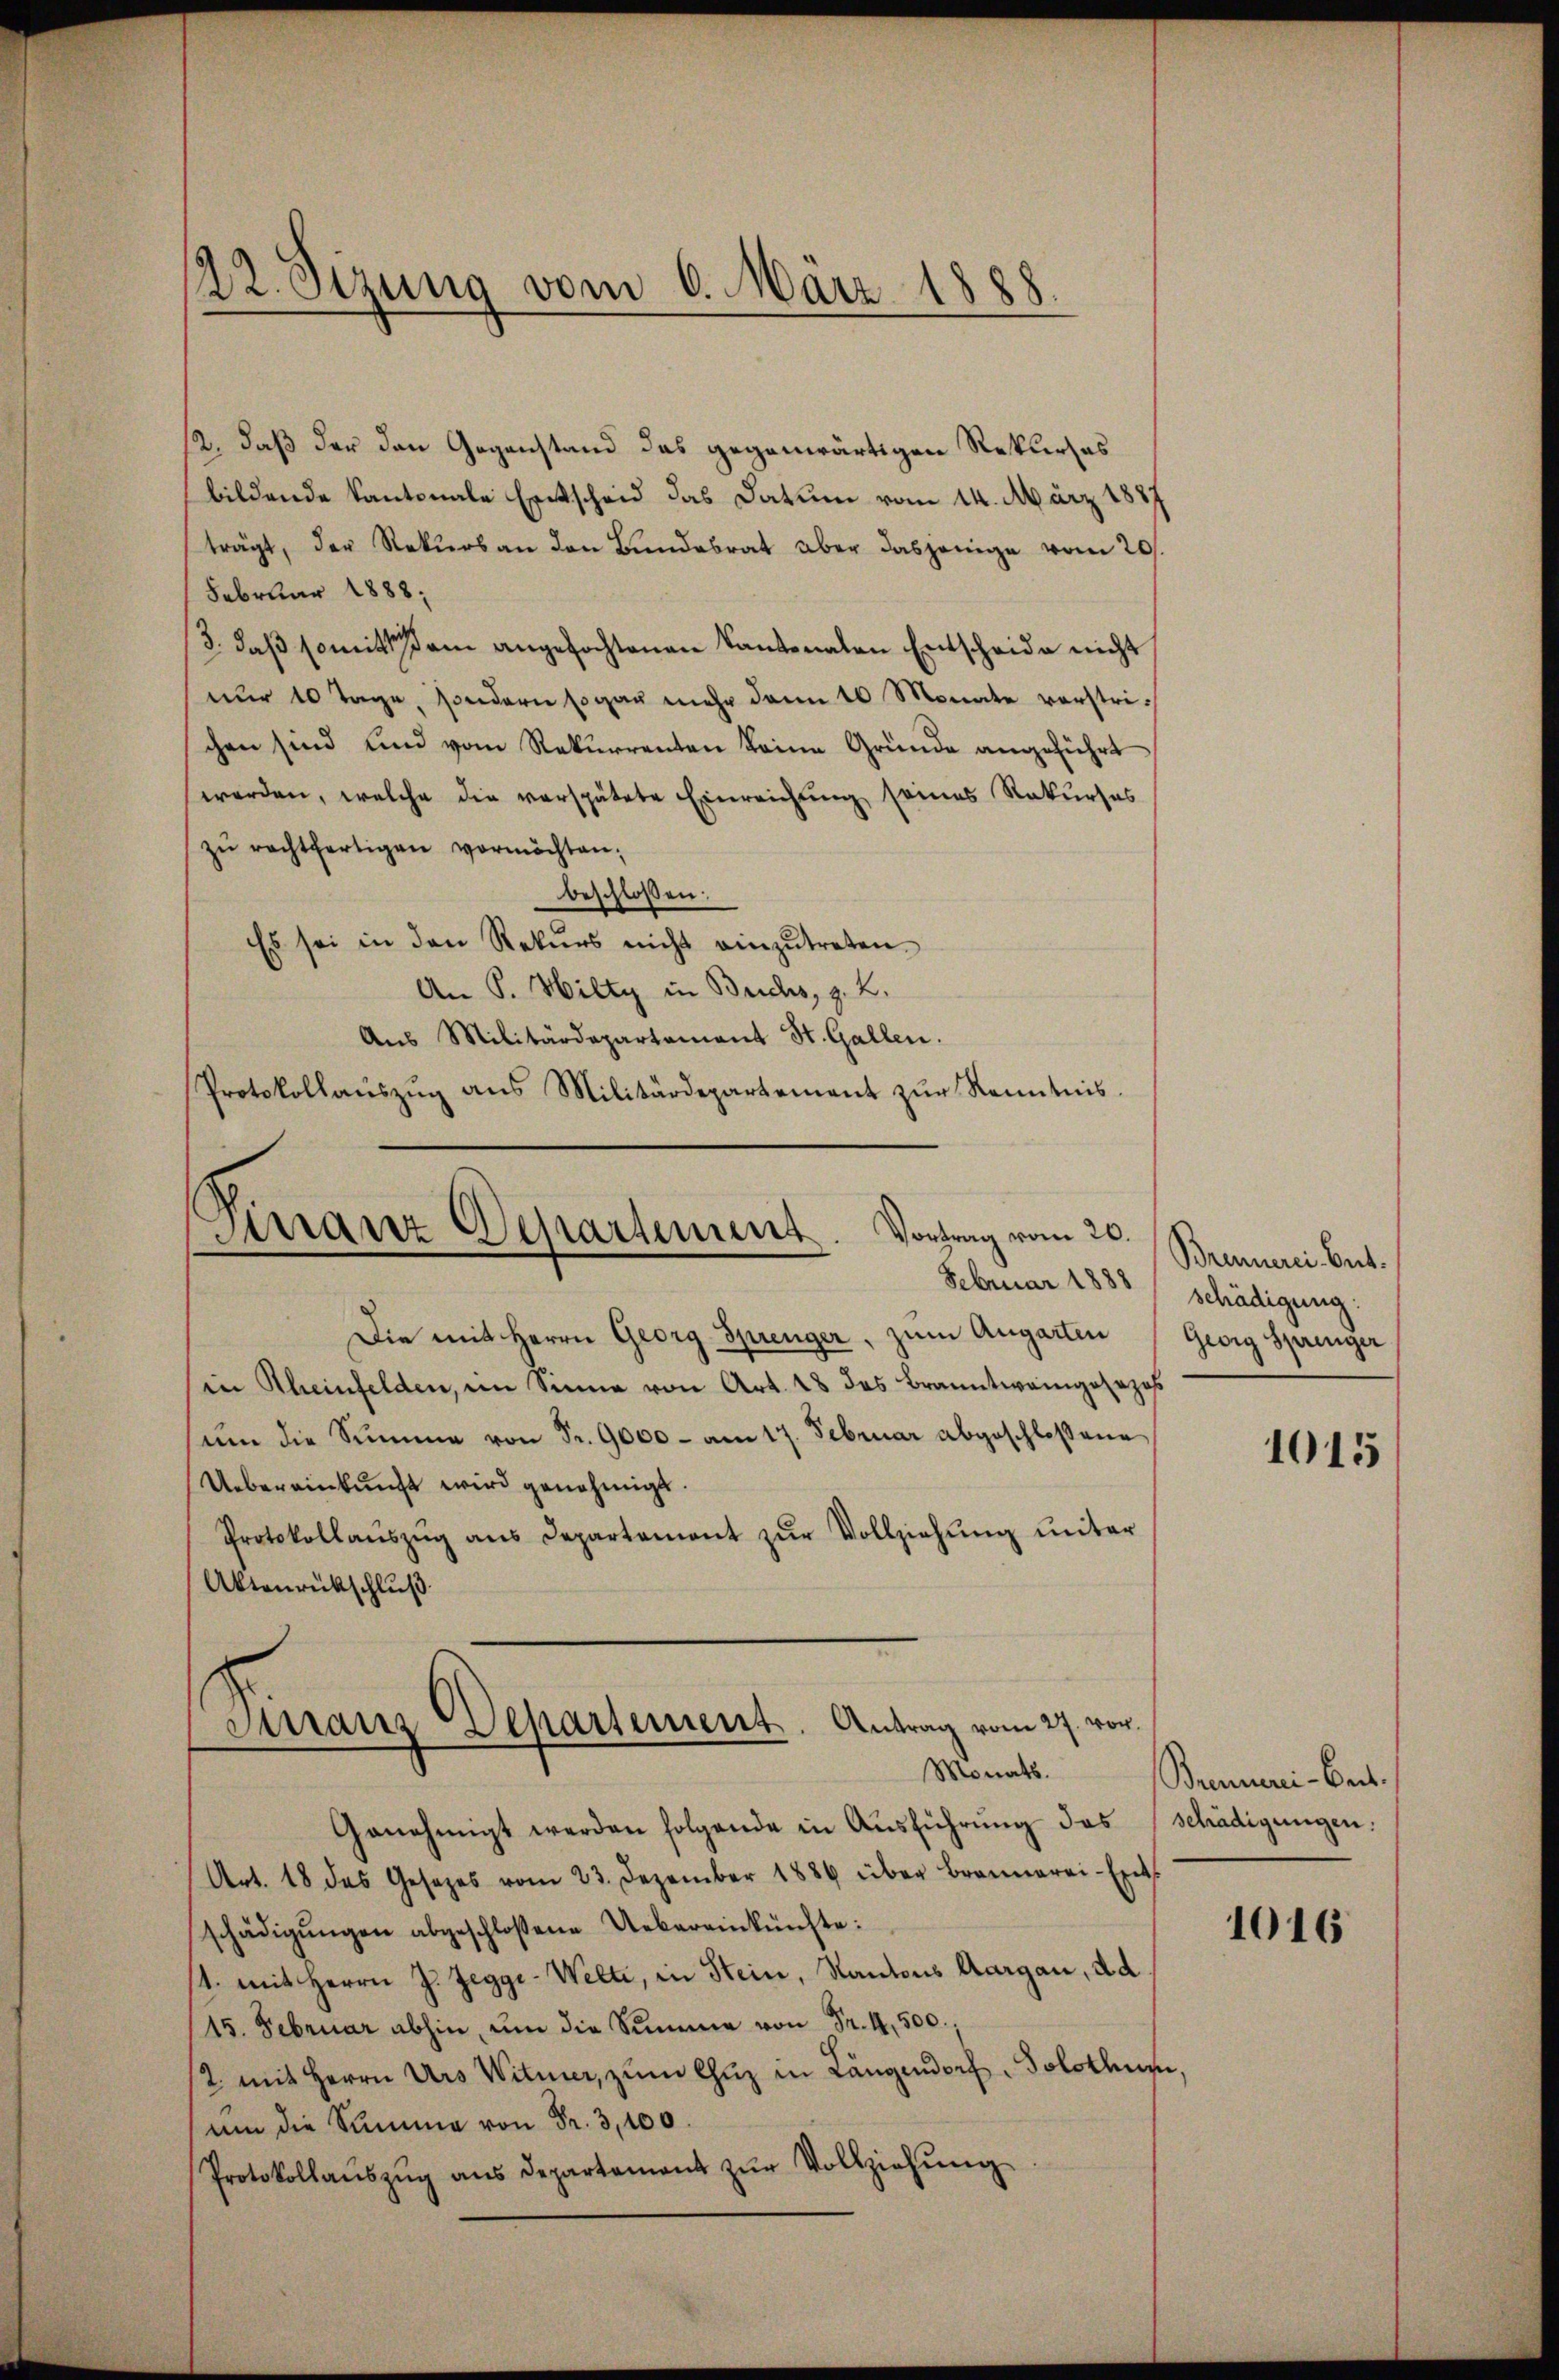
122. Sizung vom 6. März 1888.

/2, daß der den Gegenstand das gegenwärtigen Rekurses
bildende Kantonale Entscheid das Datum vom 14. März 1887
trägt, der Rekurs an den Bŭndesrat aber dasjenige vom 20.
Februar 1888.
3. daß somitte am angefochtenen Kantonalen Entscheide nicht
nur 10 Tage, sondern sogar mehr dann 16 Monate verstrichen sind und vom Rekurrenten keine Gründe angeführt
werden, welche die verspätete Einreichung seines Rekurses
zŭ rechtfertigen vermöchten;
beschlossen:
Es sei in den Rekurs nicht einzutreten.
An P. Hilty in Buchs, z. B.
Aus Militärdepartament St. Gallen.
Protokollauszug aus Militärdepartement zur Kenntnis.

Arranz Departement. Vortrag vom 20.
Februar 1888 schädigung:

Franz Separtement. Antrag vom 27. vor.
Monats.

Die mit Herrn Georg Sprenger, zum Augarten
in Rheinfelden, im Sinne von Art. 18 des Branntwangesezes
ŭm die Summe von Sr. 9000 - am 17. Februar abgeschloßene
Uebereinkunft wird genehmigt.
Protokollaŭszŭg ans Departament zŭr Vollziehŭng ŭnter
Aktenrückschluß
Genehmigt werden folgende in Aŭsführŭng das schädigungen:
Art. 18 des Gesetzes vom 23. Dezember 1886 über Brannerei-Ents
schädigŭngen abgeschlossene Uebereinkünfte:
/1. mit Herrn J. Zegge-Welti, in Stein, Kantons Aargau, d. d
15. Februar abhin, um die Summe von Fr. 4. 500.,
2. mit Herrn Urs Witwer, zum Chŭz in Längendorf, Solothur,
um die Summe von Fr. 3,100.
Protokollaŭszŭg ans Departement zŭr Vollziehŭng

Brunnerei Bet¬
Georg Sprenger

1015

Brennerei-Bat.

1016